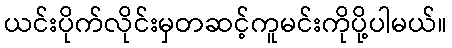
ယင်းပိုက်လိုင်းမှတဆင့်ကူမင်းကိုပို့ပါမယ်။